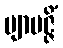
ဗျာပဇ္ဇိံ